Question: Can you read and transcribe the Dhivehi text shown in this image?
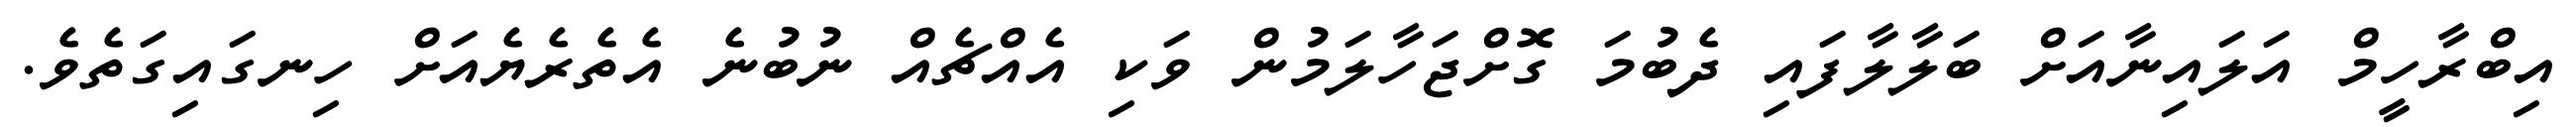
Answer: އިބްރާހީމް އަލައިނާއަށް ބަލާލާފައި ދެބުމަ ގޮށްޖަހާލަމުން ވަކި އެއްޗެއް ނުބުނެ އެތެރެޔެއަށް ހިނގައިގަތެވެ.